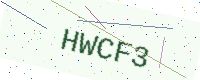
Text: HWCF3